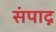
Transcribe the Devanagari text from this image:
संपाद्न